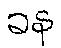
ခန